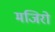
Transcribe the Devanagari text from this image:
मजिरो